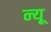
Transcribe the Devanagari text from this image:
न्यू़